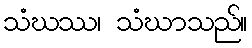
သံဃဿ၊ သံဃာသည်။